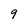
Character: 9